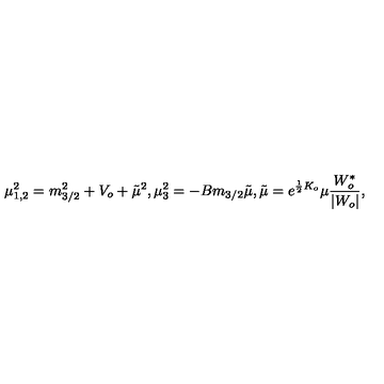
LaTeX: \mu _ { 1 , 2 } ^ { 2 } = m _ { 3 / 2 } ^ { 2 } + V _ { o } + { \tilde { \mu } } ^ { 2 } , \mu _ { 3 } ^ { 2 } = - B m _ { 3 / 2 } { \tilde { \mu } } , { \tilde { \mu } } = e ^ { \frac { 1 } { 2 } K _ { o } } \mu \frac { W _ { o } ^ { * } } { | W _ { o } | } ,